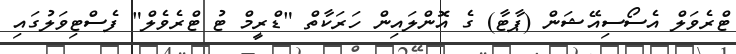
ޓްރެވަލް އެސޯސިއޭޝަން (ޕާޓާ) ގެ އޮންލައިން ހަރަކާތް "ޑްރީމް ޓު ޓްރެވެލް" ފެސްޓިވަލުގައި